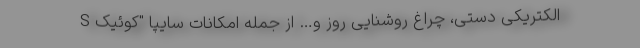
الکتریکی دستی، چراغ روشنایی روز و… از جمله امکانات سایپا "کوئیک S